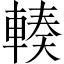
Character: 輳